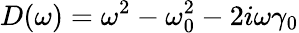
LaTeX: D(\omega)=\omega^{2}-\omega_{0}^{2}-2i\omega\gamma_{0}